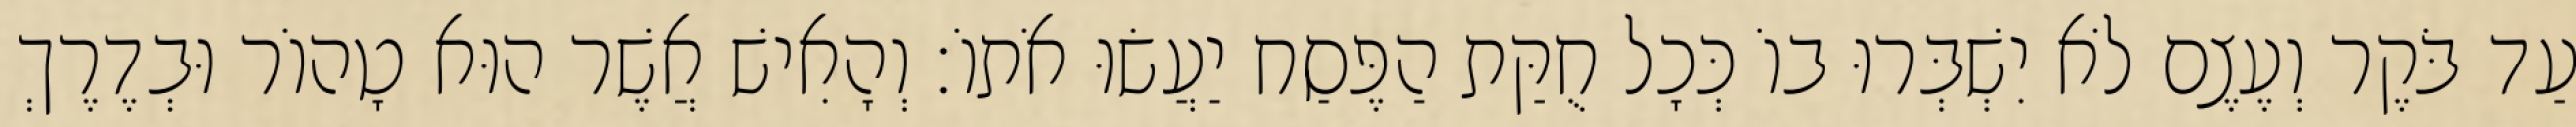
עַד בֹּקֶר וְעֶצֶם לֹא יִשְׁבְּרוּ בוֹ כְּכָל חֻקַּת הַפֶּסַח יַעֲשׂוּ אֹתוֹ׃ וְהָאִישׁ אֲשֶׁר הוּא טָהוֹר וּבְדֶרֶךְ